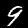
Digit: 9